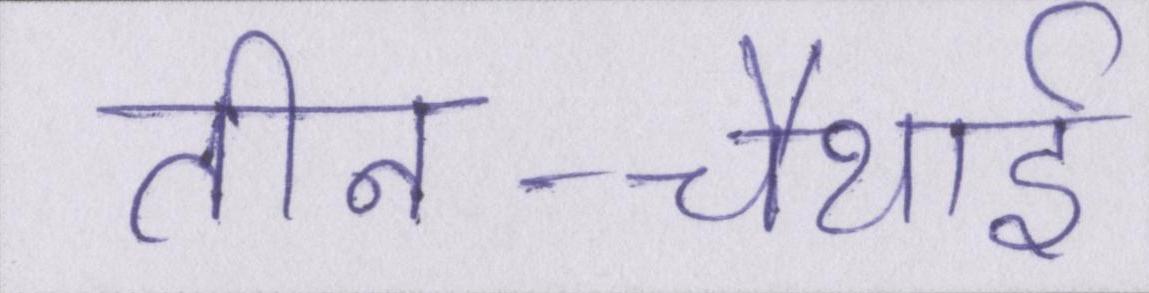
तीन-चौथाई